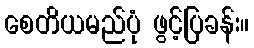
စေတိယမည်ပုံ ဖွင့်ပြခန်း။